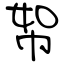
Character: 帤